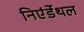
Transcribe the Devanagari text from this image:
निएंर्डेथल